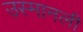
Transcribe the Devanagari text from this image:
उस्मानली